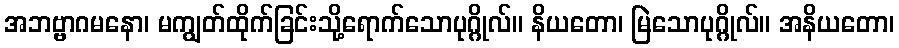
အဘဗ္ဗာဂမနော၊ မကျွတ်ထိုက်ခြင်းသို့ရောက်သောပုဂ္ဂိုလ်။ နိယတော၊ မြဲသောပုဂ္ဂိုလ်။ အနိယတော၊